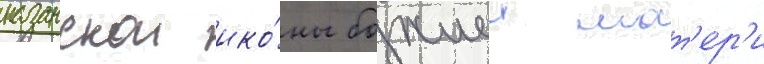
казанскои ико́ны божиеи мат'ер'и